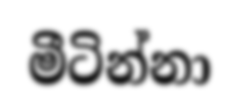
මීටින්නා